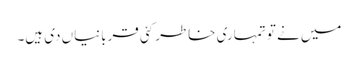
میں نے تو تمہاری خاطر کئی قربانیاں دی ہیں۔